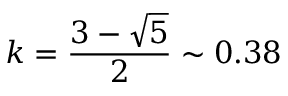
k = \frac { 3 - \sqrt { 5 } } { 2 } \sim 0 . 3 8